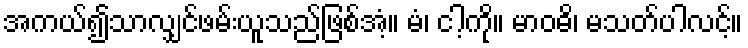
အကယ်၍သာလျှင်ဖမ်းယူသည်ဖြစ်အံ့။ မံ၊ ငါ့ကို။ မာဝဓိ၊ မသတ်ပါလင့်။